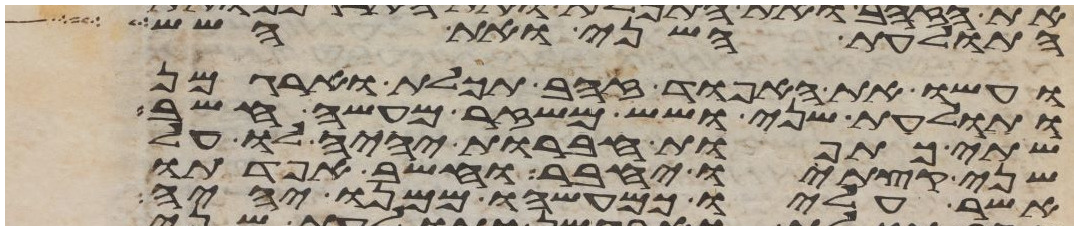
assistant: התולעת השני ואת השש
ועשו את האפוד זהב תכלת וארגמן
ותולעת שני ושש משזר מעשה חשב
שתי כתפות חברות יהיה לו על
שני קצתיו יחבר וחשב אפדתו
אשר עליו כמעשהו ממנו יהיה